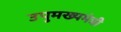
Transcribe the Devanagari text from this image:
उपुमख्यमंत्री